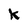
Character: k